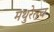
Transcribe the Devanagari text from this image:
मथुरेतच